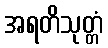
အရတိသုတ္တံ